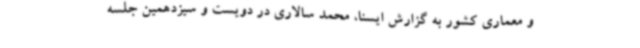
و معماری کشور به گزارش ایسنا، محمد سالاری در دویست و سیزدهمین جلسه